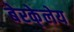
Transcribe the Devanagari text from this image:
बेरके्लेय